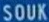
SOUK